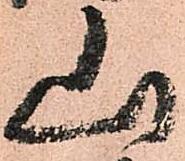
山